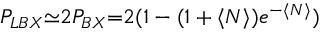
P _ { L B X } { \simeq } 2 P _ { B X } { = } 2 ( 1 - ( 1 + \langle N \rangle ) e ^ { - \langle N \rangle } )